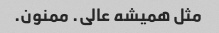
مثل همیشه عالی. ممنون.